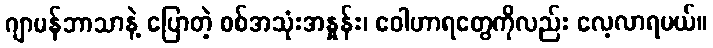
ဂျာမန်ဘာသာနဲ့ ပြောတဲ့ စစ်အသုံးအနှုန်း၊ ဝေါဟာရတွေကိုလည်း လေ့လာရမယ်။